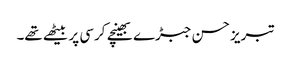
تبریز حسن جبڑے بھینچے کرسی پر بیٹھے تھے۔